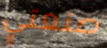
صنعتي